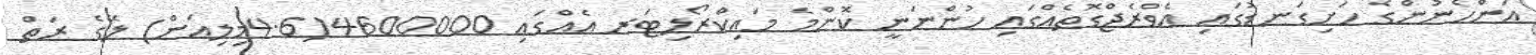
އަންހެނުންގެ ހަށިގަނޑުގައި އެވްރެޖްގޮތެއްގައި ހުންނަނީ ކޮންމެ މައިކްރޯލިޓަރ އެއްގައި 4600000(4.6މިލިއަން) ލޭގެ ރަތް